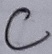
Text: C